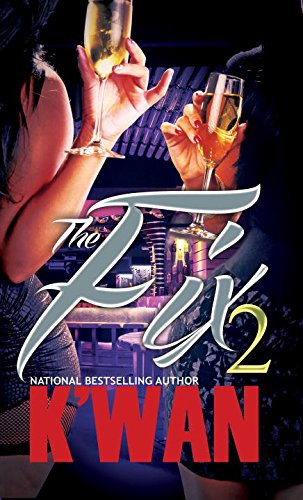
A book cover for The Fix 2; K'wan; Literature & Fiction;